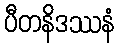
ပီတနိဒဿနံ